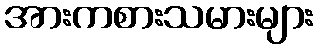
အားကစားသမားများ